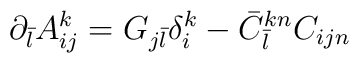
\partial_{\bar l} A_{ij}^k = G_{j {\bar l}} \delta_{i}^k -{\bar C}_{\bar l}^{kn} C_{ijn}